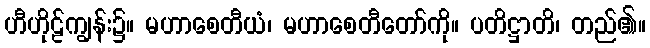
ဟီဟိုဠ်ကျွန်း၌။ မဟာစေတီယံ၊ မဟာစေတီတော်ကို။ ပတိဋ္ဌာတိ၊ တည်၏။